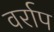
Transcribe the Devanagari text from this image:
वर्राप